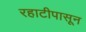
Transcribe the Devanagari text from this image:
रहाटीपासून